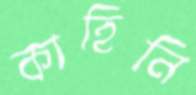
কাহিনি